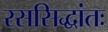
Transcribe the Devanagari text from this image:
रससिद्धांतः